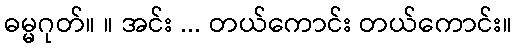
ဓမ္မဂုတ်။ ။ အင်း ... တယ်ကောင်း တယ်ကောင်း။